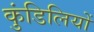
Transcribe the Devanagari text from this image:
कुंडिलियों